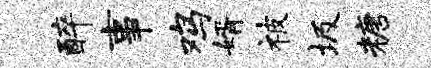
醉事鸡婿被圾糖